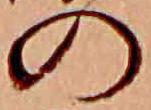
の